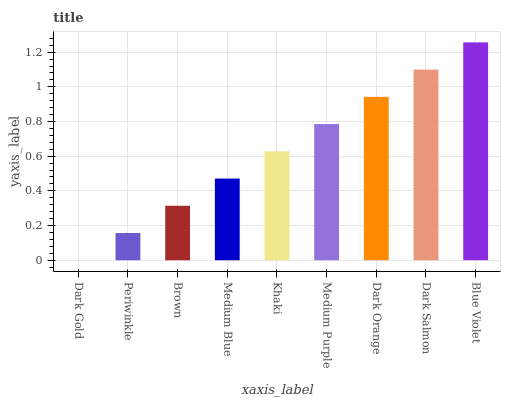
| xaxis_label | bars |
 | --- | --- |
 | Dark Gold | 0 |
 | Periwinkle | 0.157 |
 | Brown | 0.314 |
 | Medium Blue | 0.471 |
 | Khaki | 0.628 |
 | Medium Purple | 0.785 |
 | Dark Orange | 0.942 |
 | Dark Salmon | 1.1 |
 | Blue Violet | 1.26 |